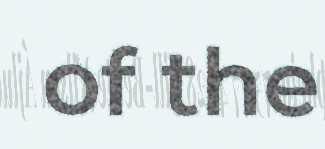
of the